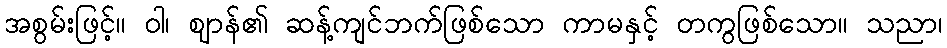
အစွမ်းဖြင့်။ ဝါ၊ ဈာန်၏ ဆန့်ကျင်ဘက်ဖြစ်သော ကာမနှင့် တကွဖြစ်သော။ သညာ၊